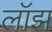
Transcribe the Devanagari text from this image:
लॉझ